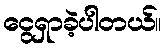
ငွေရှာခဲ့ပါတယ်။